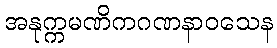
အနုက္ကမဏိကဂဏနာဝသေန